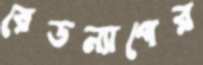
রেডন্যাপের